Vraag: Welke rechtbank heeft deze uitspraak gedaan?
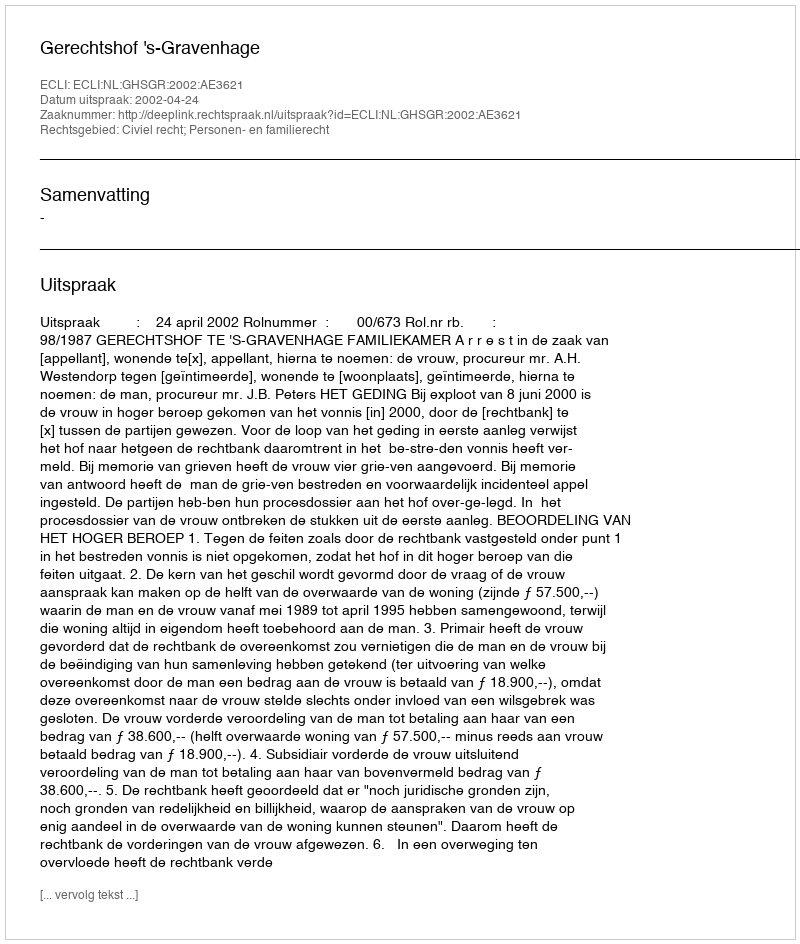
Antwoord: Gerechtshof 's-Gravenhage